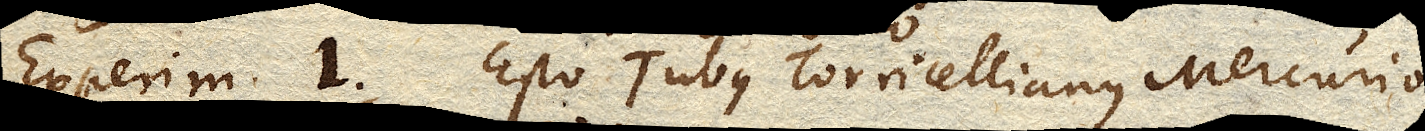
Experim. 1. Esto Tubus Torricellianus Mercurio